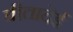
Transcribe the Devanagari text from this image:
वीतादेई